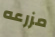
مزرعه